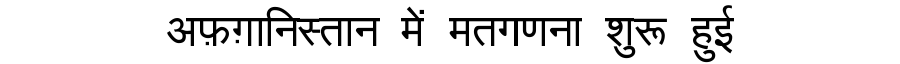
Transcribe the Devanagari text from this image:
अफ़ग़ानिस्तान में मतगणना शुरू हुई